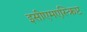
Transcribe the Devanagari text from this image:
इसीएमएस्क्रिप्ट